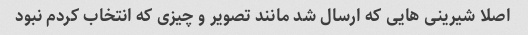
اصلا شیرینی هایی که ارسال شد مانند تصویر و چیزی که انتخاب کردم نبود